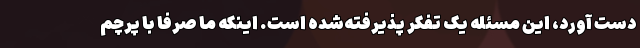
دست آورد، این مسئله یک تفکر پذیرفته‌شده است. اینکه ما صرفا با پرچم